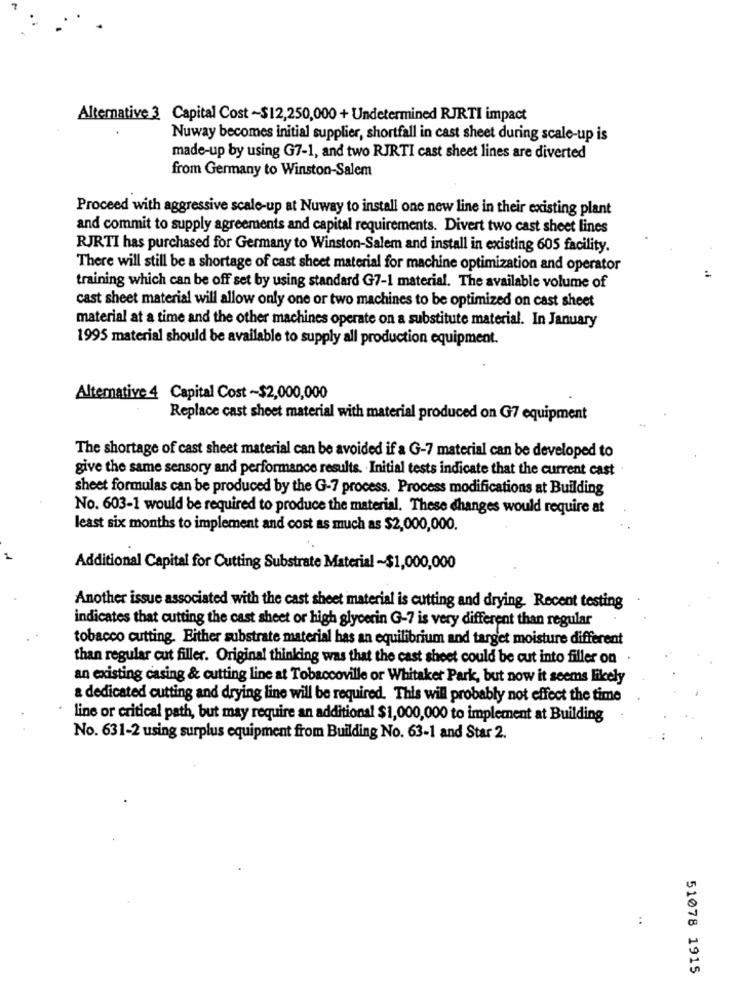
Alternative 3 Capital Cost ~$12,250,000 + Undetermined RJRTI impact
Nuway becomes initial supplier, shortfall in cast sheet during scale-up is
made-up by using G7-1, and two RJRTI cast sheet lines are diverted
from Germany to Winston-Salem
Proceed with aggressive scale-up at Nuway to install one new line in their existing plant
and commit to supply agreements and capital requirements. Divert two cast sheet lines
RJRTI has purchased for Germany to Winston-Salem and install in existing 605 facility.
There will still be a shortage of cast sheet material for machine optimization and operator
training which can be off set by using standard G7-1 material. The available volume of
cast sheet material will allow only one or two machines to be optimized on cast sheet
material at a time and the other machines operate on a substitute material. In January
1995 material should be available to supply all production equipment.
Alternative 4 Capital Cost ~$2,000,000
Replace cast sheet material with material produced on G7 equipment
The shortage of cast sheet material can be avoided if a G-7 material can be developed to
give the same sensory and performance results. Initial tests indicate that the current cast
sheet formulas can be produced by the G-7 process. Process modifications at Building
No. 603-1 would be required to produce the material. These changes would require at
least six months to implement and cost as much as $2,000,000.
Additional Capital for Cutting Substrate Material ~$1,000,000
Another issue associated with the cast sheet material is cutting and drying. Recent testing
indicates that cutting the cast sheet or high glycerin G-7 is very different than regular
tobacco cutting. Either substrate material has an equilibrium and target moisture different
than regular cut filler. Original thinking was that the cast sheet could be cut into filler on .
an existing casing & cutting line at Tobaccoville or Whitaker Park, but now it seems likely
a dedicated cutting and drying line will be required. This will probably not effect the time
line or critical path, but may require an additional $1,000,000 to implement at Building
No. 631-2 using surplus equipment from Building No. 63-1 and Star 2.
:
51078 1915